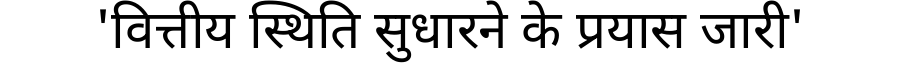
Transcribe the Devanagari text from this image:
'वित्तीय स्थिति सुधारने के प्रयास जारी'